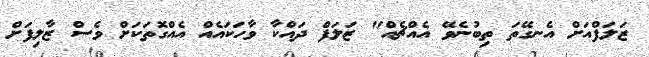
ޒަލަފްއަށް އެނގޭތަ ތިބުނެވޭ އެއްޗެއް" ޒަލަފް ދައްކާ ވާހަކައެއް އެއްގޮތަކަށް ވެސް ޒާލިފަށް